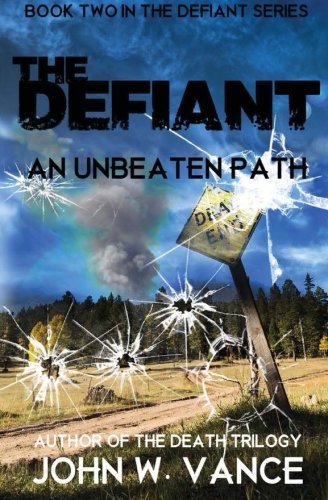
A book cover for The Defiant: An Unbeaten Path (The Defiant Series) (Volume 2); John W. Vance; Science Fiction & Fantasy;